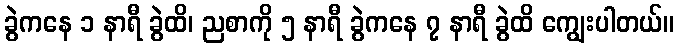
ခွဲကနေ ၁ နာရီ ခွဲထိ၊ ညစာကို ၅ နာရီ ခွဲကနေ ၇ နာရီ ခွဲထိ ကျွေးပါတယ်။